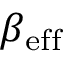
\beta _ { \mathrm { e f f } }